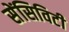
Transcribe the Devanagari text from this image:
सेंसिविटी